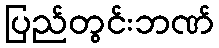
ပြည်တွင်းဘဏ်